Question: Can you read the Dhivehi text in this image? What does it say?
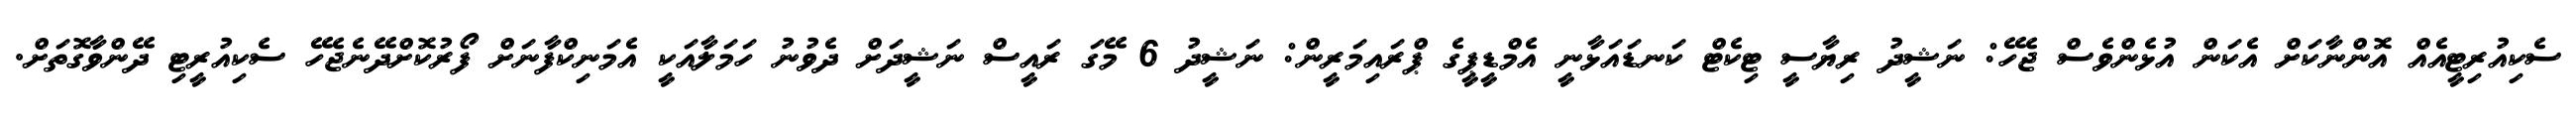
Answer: ސެކިއުރިޓީއެއް އޮންނާކަށް އެކަން އުޅެންވެސް ޖެހޭ: ނަޝީދު ރިޔާސީ ޓިކެޓް ކަނޑައަޅާނީ އެމްޑީޕީގެ ޕްރައިމަރީން: ނަޝީދު 6 މޭގަ ރައީސް ނަޝީދަށް ދެވުނު ހަމަލާއަކީ އެމަނިކްފާނަށް ފޯރުކޮށްދޭނެޖެހޭ ސެކިއުރީޓި ދޭންވާގޮތަށް.